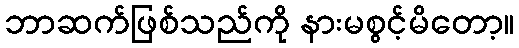
ဘာဆက်ဖြစ်သည်ကို နားမစွင့်မိတော့။